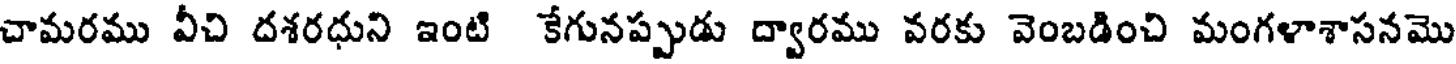
చామరము వీచి దశరధుని ఇంటి కేగునప్పుడు ద్వారము వరకు వెంబడించి మంగళాశాసనమొ